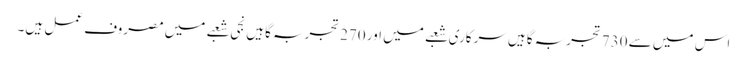
اس میں سے 730تجربہ گاہیں سرکاری شعبے میں اور 270تجربہ گاہیں نجی شعبے میں مصروف عمل ہیں۔